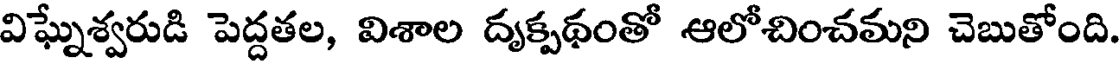
విఘ్నేశ్వరుడి పెద్దతల, విశాల దృక్పథంతో ఆలోచించమని చెబుతోంది.